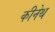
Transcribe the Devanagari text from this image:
कीनेथ